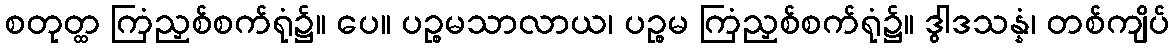
စတုတ္ထ ကြံညှစ်စက်ရုံ၌။ ပေ။ ပဉ္စမသာလာယ၊ ပဉ္စမ ကြံညှစ်စက်ရုံ၌။ ဒွါဒသန္နံ၊ တစ်ကျိပ်